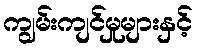
ကျွမ်းကျင်မှုများနှင့်